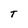
Character: T